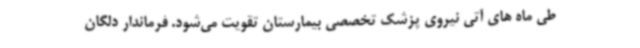
طی ماه های آتی نیروی پزشک تخصصی بیمارستان تقویت می‌شود. فرماندار دلگان